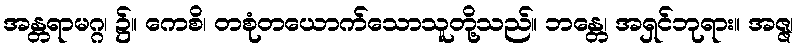
အန္တရာမဂ္ဂ၊ ၌။ ကေစိ၊ တစုံတယောက်သောသူတို့သည်။ ဘန္တေ၊ အရှင်ဘုရား။ အဇ္ဇ၊